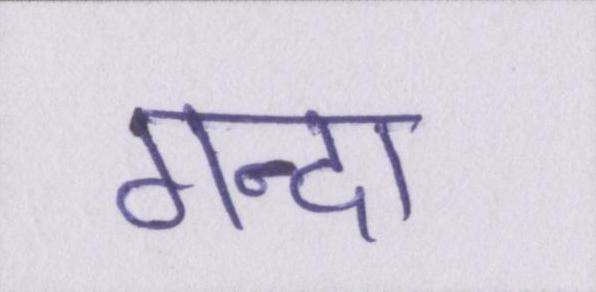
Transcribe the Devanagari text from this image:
गन्दा